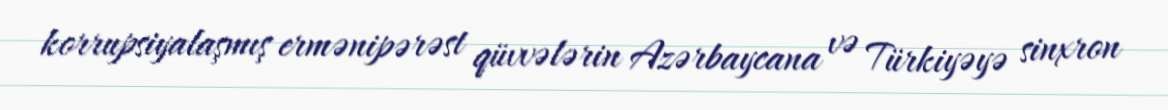
korrupsiyalaşmış ermənipərəst qüvvələrin Azərbaycana və Türkiyəyə sinxron